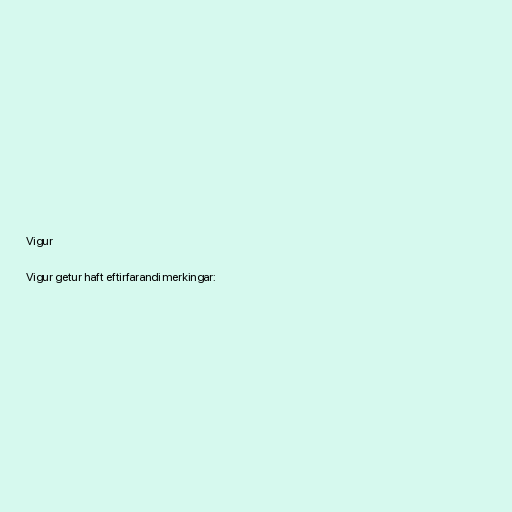
Vigur

Vigur getur haft eftirfarandi merkingar: